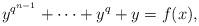
LaTeX: \begin{align*}y^{q^{n-1}}+\cdots+y^q+y =f(x),\end{align*}